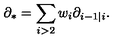
\partial _ { * } = \sum _ { i > 2 } w _ { i } \partial _ { i - 1 | i } .